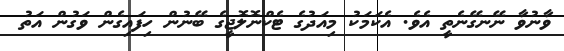
ވާނުވާ ނޭނގޭނެތީ އެވެ. އެކަމަކު މިއަދުގެ ޓެކްނޮލޮޖީގެ ބޭނުން ހިފައިގެން ވަގުން އަތު